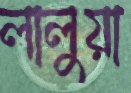
লালুয়া